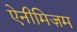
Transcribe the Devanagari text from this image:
ऐनीमिज़म